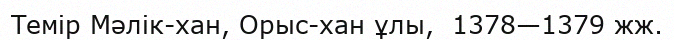
Темір Мәлік-хан, Орыс-хан ұлы,  1378—1379 жж.